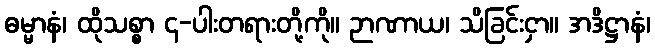
ဓမ္မာနံ၊ ထိုသစ္စာ ၄-ပါးတရားတို့ကို။ ဉာဏာယ၊ သိခြင်းငှာ။ အဒိဋ္ဌာနံ၊